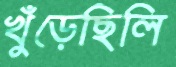
খুঁড়েছিলি